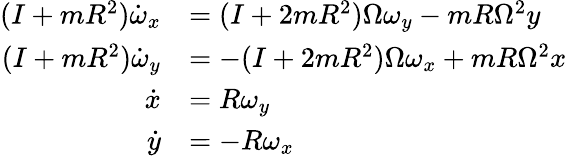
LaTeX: \begin{array}{rl}{(I+mR^{2})\dot{\omega}_{x}}&{=(I+2mR^{2})\Omega\omega_{y}-mR\Omega^{2}y}\\ {(I+mR^{2})\dot{\omega}_{y}}&{=-(I+2mR^{2})\Omega\omega_{x}+mR\Omega^{2}x}\\ {\dot{x}}&{=R\omega_{y}}\\ {\dot{y}}&{=-R\omega_{x}}\end{array}